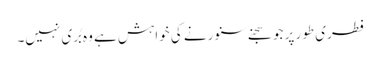
فطری طور پر جو سجنے سنورنے کی خواہش ہے وہ بُری نہیں۔